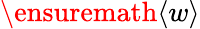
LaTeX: \ensuremath{\langle w\rangle}